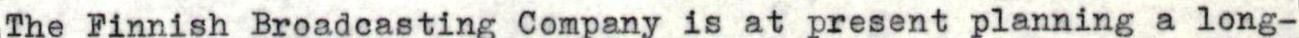
The Finnish Broadcasting Company is at present planning a long-